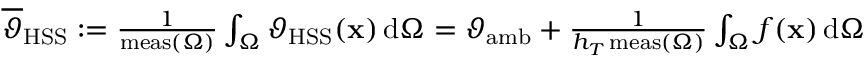
\begin{array} { r } { \overline { { \vartheta } } _ { \mathrm { H S S } } : = \frac { 1 } { \mathrm { m e a s } ( \Omega ) } \int _ { \Omega } \vartheta _ { \mathrm { H S S } } ( \mathbf { x } ) \, \mathrm { d } \Omega = \vartheta _ { \mathrm { a m b } } + \frac { 1 } { h _ { T } \, \mathrm { m e a s } ( \Omega ) } \int _ { \Omega } f ( \mathbf { x } ) \, \mathrm { d } \Omega } \end{array}